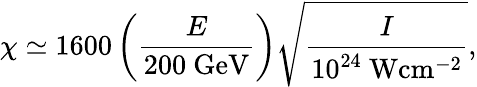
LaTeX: \chi\simeq 1600\left(\frac{E}{200~\mathrm{GeV}}\right)\sqrt{\frac{I}{10^{24}~\mathrm{W}\mathrm{cm}^{-2}}},